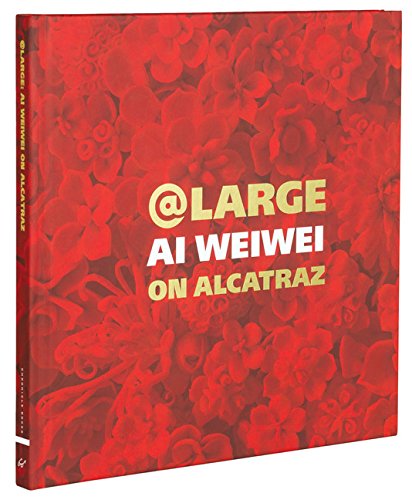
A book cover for At Large: Ai Weiwei on Alcatraz; Arts & Photography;